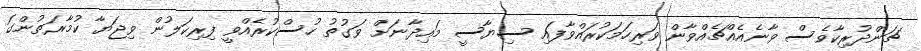
ޗަންދުރިކާވެސް ވާނެއެއްޗެއްވާން ވަރިހަމަކުރައްވާފައި ސިޔާސީ މައިދާނަށް ވަގުތު ހުސްކުރެއްވީ ފިރިކަލުން ވިޖަޔާ ކުމާރަތުންގަ